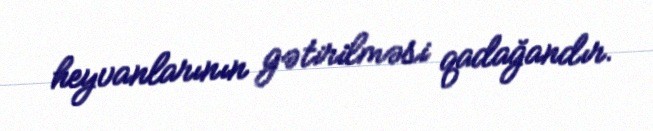
heyvanlarının gətirilməsi qadağandır.